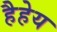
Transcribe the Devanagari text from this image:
हैहेय